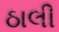
ઠાલી